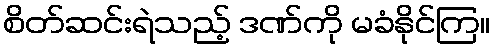
စိတ်ဆင်းရဲသည့် ဒဏ်ကို မခံနိုင်ကြ။